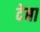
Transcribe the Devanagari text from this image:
देबा